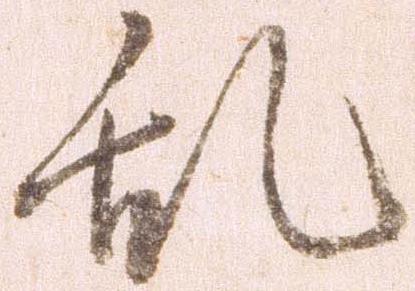
乱